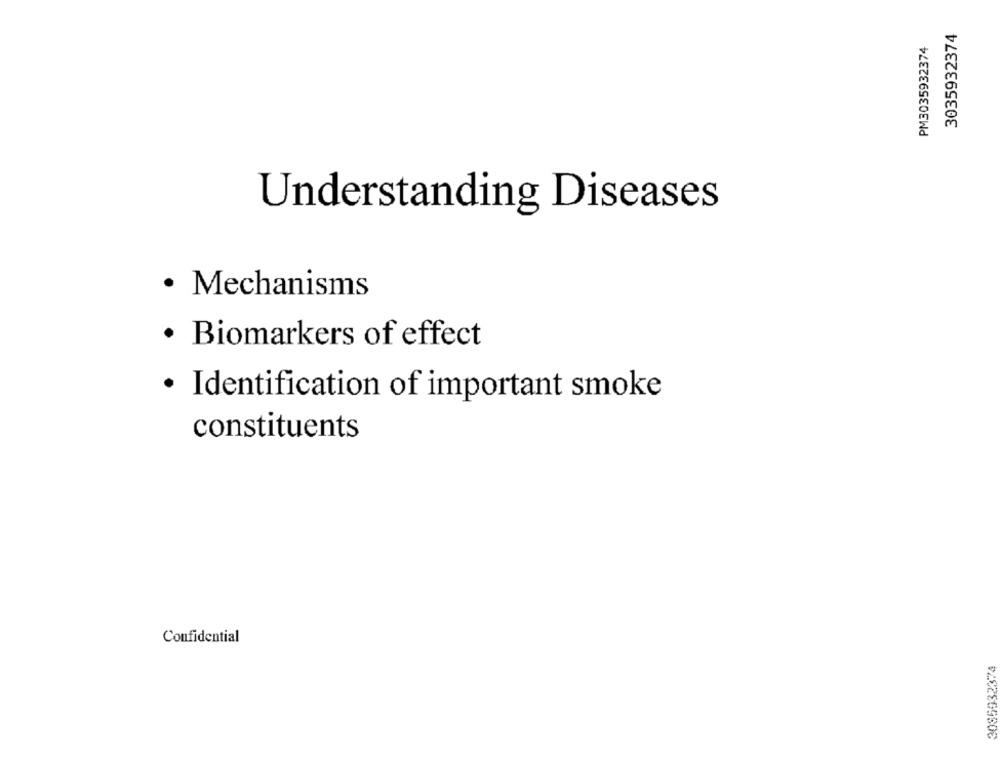
3035932374
PM3035932374
Understanding Diseases
· Mechanisms
· Biomarkers of effect
· Identification of important smoke
constituents
Confidential
3085932374